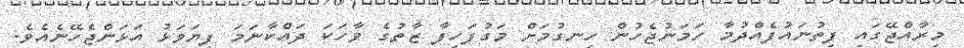
މިރާއްޖޭގައި ފިތުނައުފެއްދުމާ ހަމަނުޖެހުން ހިނގުމަށް މަގުފަހިފާ ޒާތުގެ ވާހަކަ ދައްކާނަމަ ފިޔަވަޅު އަޅަންޖެހޭނެއެވެ.